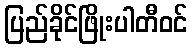
ပြည်ခိုင်ဖြိုးပါတီဝင်